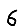
Digit: 6